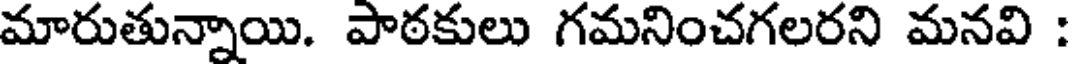
మారుతున్నాయి. పాఠకులు గమనించగలరని మనవి :